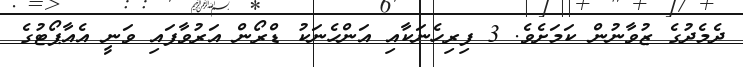
ދެމެދުގެ ޒުވާނުން ކަމަށެވެ. 3 ފިރިހެނަކާއި އަންހެނަކު ޑްރޯން އަރުވާފައި ވަނީ އެއާޕޯޓުގެ